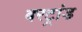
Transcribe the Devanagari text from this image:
बरट्रांड